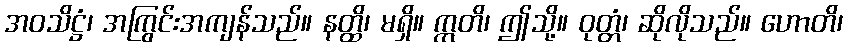
အဝသိဋ္ဌံ၊ အကြွင်းအကျန်သည်။ နတ္ထိ၊ မရှိ။ ဣတိ၊ ဤသို့။ ဝုတ္တံ၊ ဆိုလိုသည်။ ဟောတိ၊